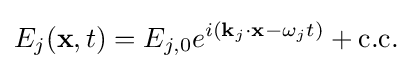
E_{j}(\mathbf {x} ,t)=E_{j,0}e^{i(\mathbf {k} _{j}\cdot \mathbf {x} -\omega _{j}t)}+{\text{c.c.}}